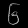
Digit: ၆